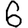
Digit: 6